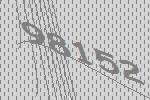
98152